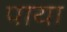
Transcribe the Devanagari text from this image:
पाया